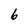
Character: 6